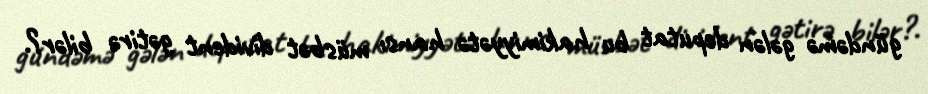
gündəmə gələn deputat bu hakimiyyətə hansı müsbət divident gətirə bilər?.